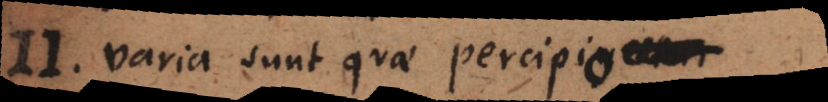
II. Varia sunt quae percipiun